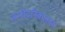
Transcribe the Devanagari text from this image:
जम्‍शैदनिकलता